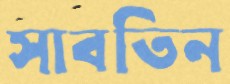
সাবতিন